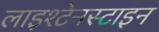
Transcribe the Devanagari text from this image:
लाइश्टेनस्टाइन